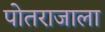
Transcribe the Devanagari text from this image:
पोतराजाला